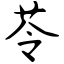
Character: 苓